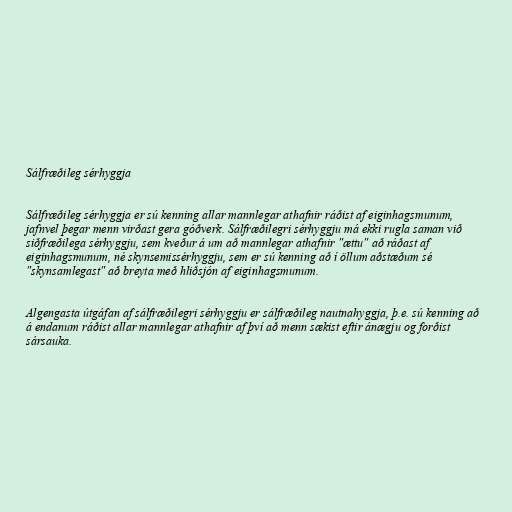
Sálfræðileg sérhyggja

Sálfræðileg sérhyggja er sú kenning allar mannlegar athafnir ráðist af eiginhagsmunum,
jafnvel þegar menn virðast gera góðverk. Sálfræðilegri sérhyggju má ekki rugla saman við
siðfræðilega sérhyggju, sem kveður á um að mannlegar athafnir "ættu" að ráðast af
eiginhagsmunum, né skynsemissérhyggju, sem er sú kenning að í öllum aðstæðum sé
"skynsamlegast" að breyta með hliðsjón af eiginhagsmunum.

Algengasta útgáfan af sálfræðilegri sérhyggju er sálfræðileg nautnahyggja, þ.e. sú kenning að
á endanum ráðist allar mannlegar athafnir af því að menn sækist eftir ánægju og forðist
sársauka.